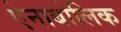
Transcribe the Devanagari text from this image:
ऐनाबोलिक